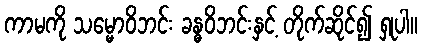
ကာမကို သမ္မောဝိဘင်း ခန္ဓဝိဘင်းနှင့် တိုက်ဆိုင်၍ ရှုပါ။